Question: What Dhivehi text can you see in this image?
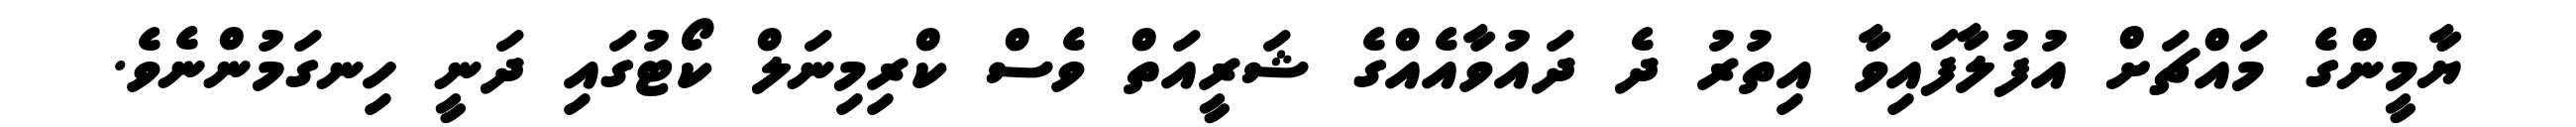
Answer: ޔާމީންގެ މައްޗަށް އުފުލާފައިވާ އިތުރު ދެ ދައުވާއެއްގެ ޝަރީއަތް ވެސް ކްރިމިނަލް ކޯޓުގައި ދަނީ ހިނގަމުންނެވެ.